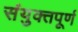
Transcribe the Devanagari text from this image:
संयुक्तपूर्ण